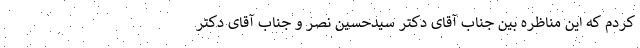
کردم که این مناظره بین جناب آقای دکتر سیدحسین نصر و جناب آقای دکتر